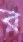
র